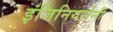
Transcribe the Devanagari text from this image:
इंजिनियर्सनी